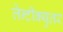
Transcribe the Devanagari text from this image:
लेन्टीक्युलर